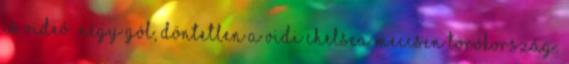
is Videó: négy gól, döntetlen a Vidi–Chelsea meccsen Törökország: